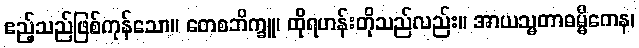
ဧည့်သည်ဖြစ်ကုန်သော။ တေစဘိက္ခူ၊ ထိုရဟန်းတိုသည်လည်း။ အာယသ္မတာဓမ္မိကေန၊